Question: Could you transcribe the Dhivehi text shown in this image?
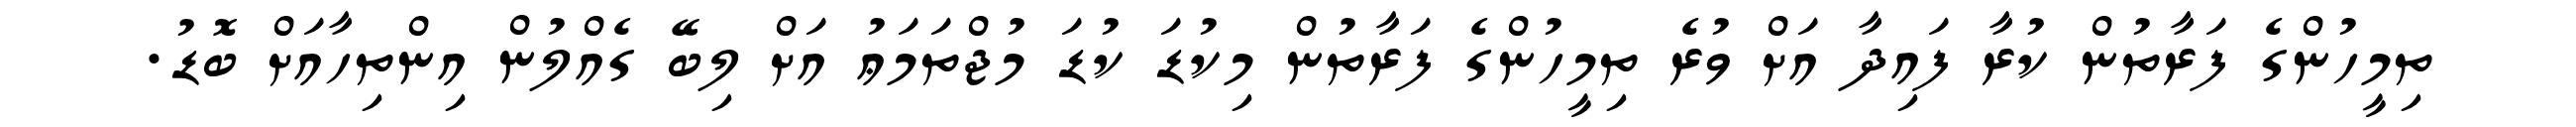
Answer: ތިމީހުންގެ ފަރާތުން ކުރާ ފައިދާ އަށް ވުރެ ތިމީހުންގެ ފަރާތުން މިކުޑަ ކުޑަ މުޖްތަމަޢު އަށް ލިބޭ ގެއްލުން އިންތިހާއަށް ބޮޑު.